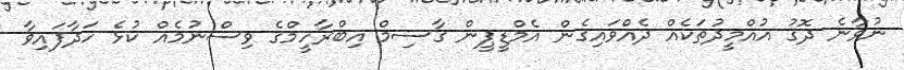
ނުވާނެ ދޮގު އުއްމީދުތަކެއް ދެއްވައިގެން އެމްޑީޕީން ގާސިމް އިބްރާހީމްގެ ވިސްނުމެއް ކުޅެ ހަދާފައިވާ